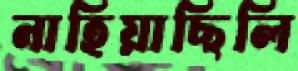
নাহিয়াছিলি